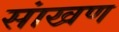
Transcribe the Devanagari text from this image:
सांखण